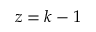
z = k - 1